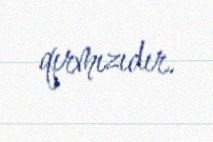
qırmızıdır.